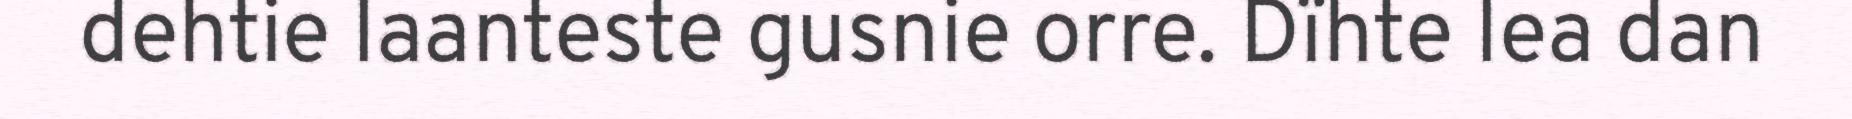
dehtie laanteste gusnie orre. Dïhte lea dan